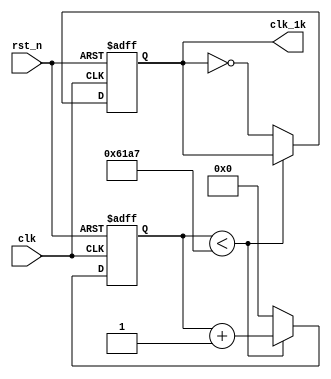
module freq (clk,rst_n,clk_1k);
	input clk;    // Clock  50Mhz
	input rst_n;  // Asynchronous reset active low
	output reg clk_1k;

	reg [15:0]counter;
	always @(posedge clk or negedge rst_n) 
	begin : proc_
		if(~rst_n) 
			begin
				 clk_1k <= 0;
				counter <= 16'd0;
			end 
		else 
			begin
				if(counter < (25_000 -1) ) 
					begin
						counter <= counter +1;

					end
				else
					begin
						counter <= 0;
						clk_1k <= ~clk_1k;
					end

			end
	end


endmodule